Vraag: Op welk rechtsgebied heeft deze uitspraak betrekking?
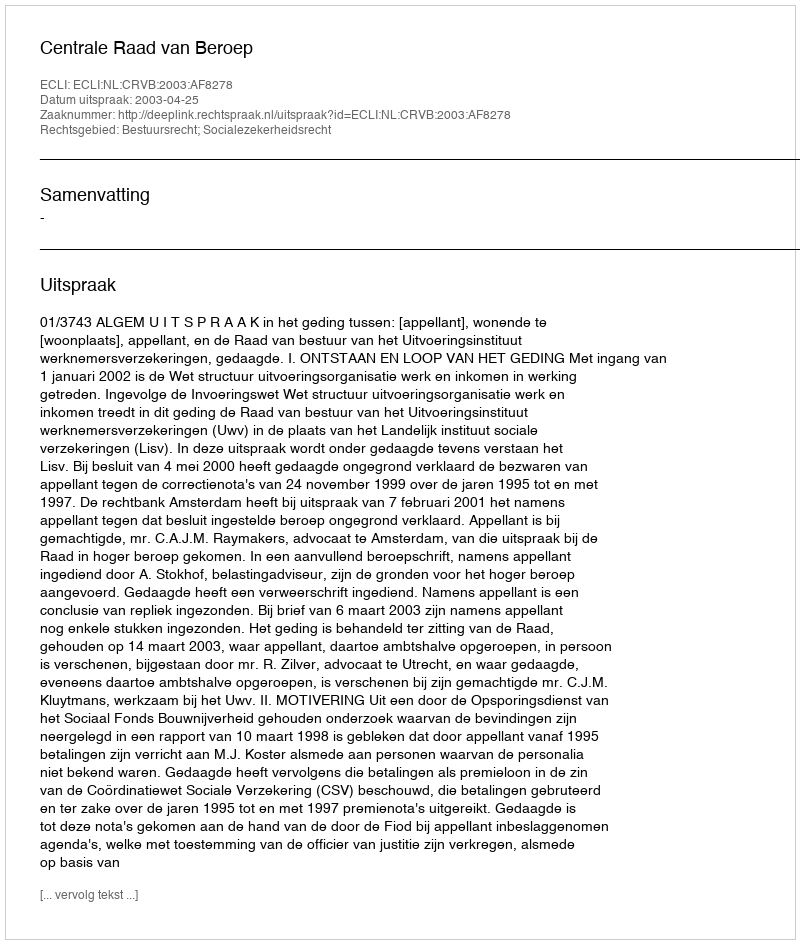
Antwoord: Bestuursrecht; Socialezekerheidsrecht